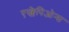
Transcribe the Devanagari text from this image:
एस्क्लेपिओन्स